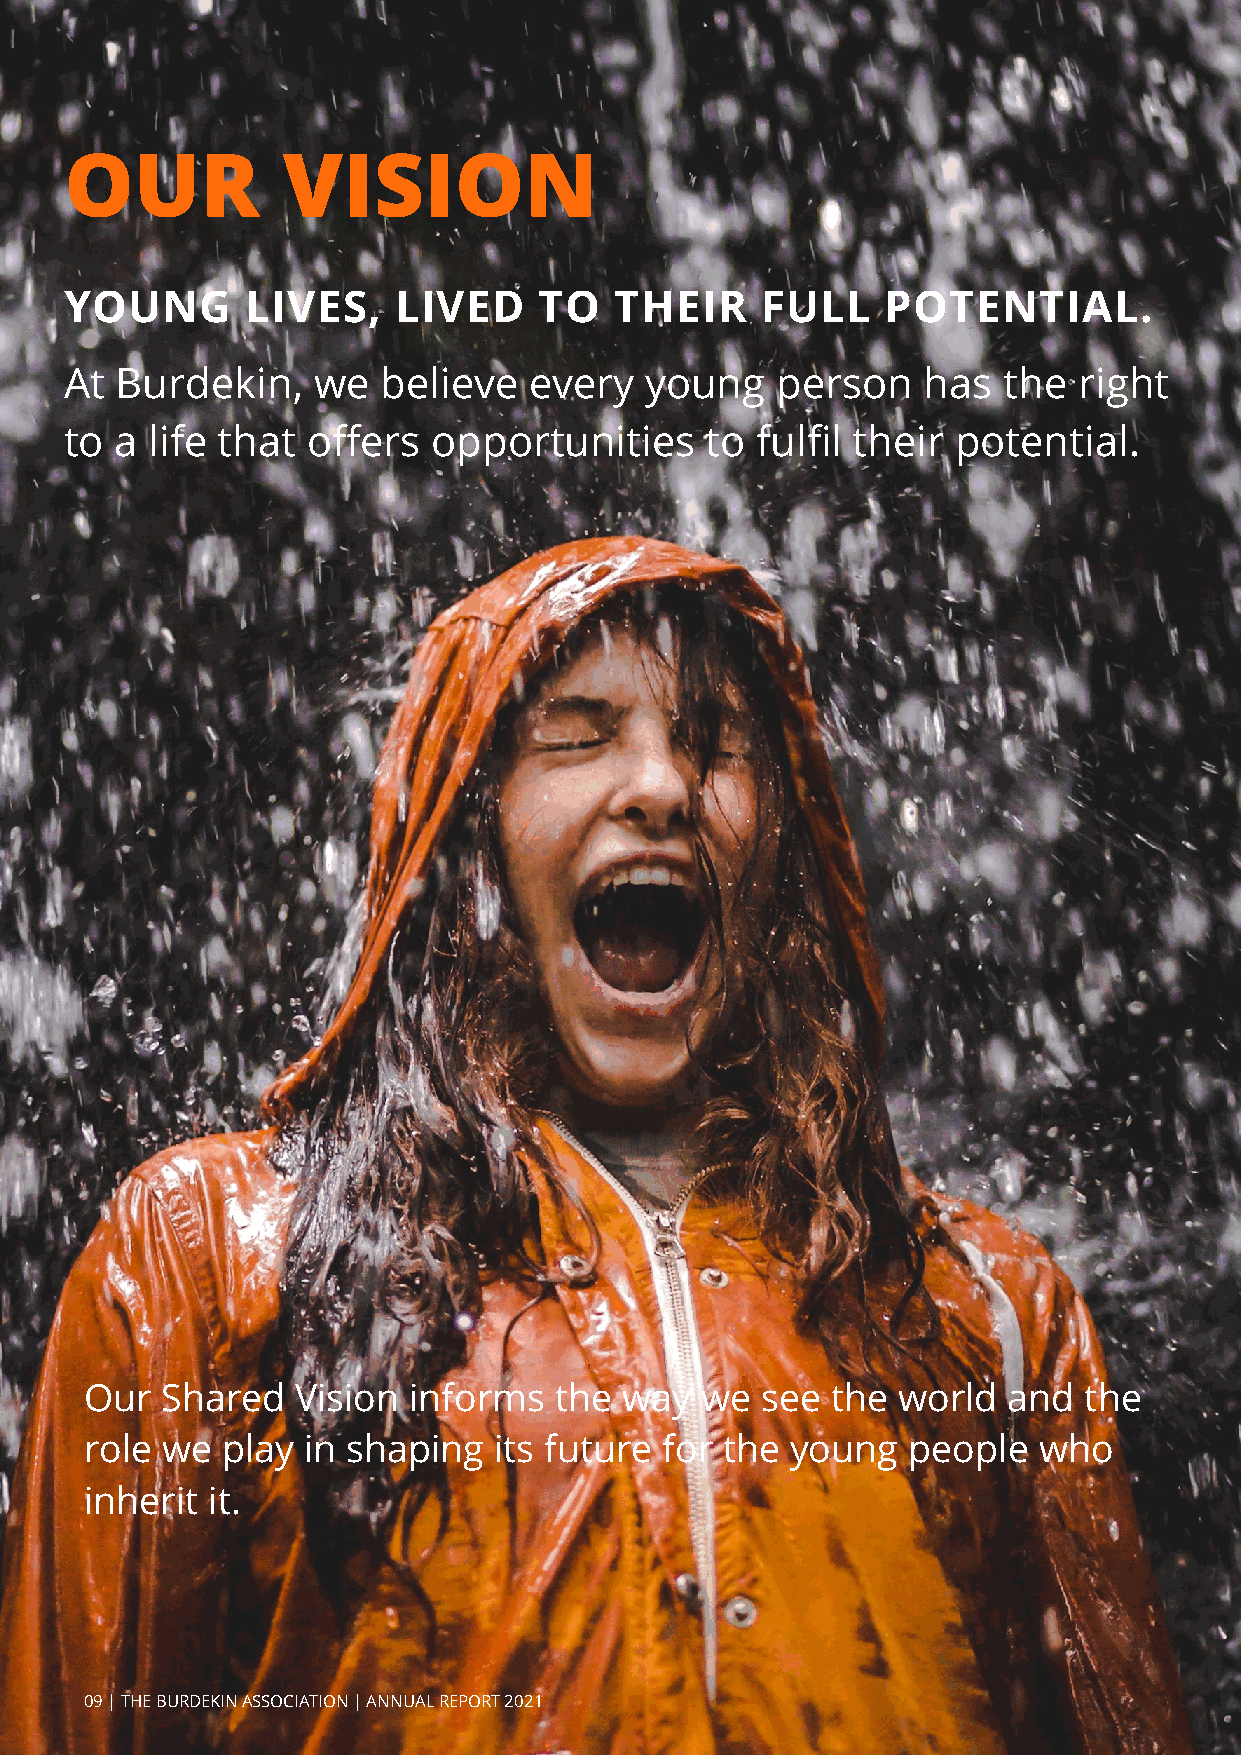
OUR            VISION
 YOUNG       LIVES,    LIVED     TO   THEIR    FULL     POTENTIAL.
 At  Burdekin,    we  believe   every   young   person    has  the  right
 to  a life that offers   opportunities     to fulfil their potential.
 Our  Shared   Vision informs   the way  we  see  the world   and  the
 role we  play in shaping   its future for the young   people   who
 inherit it.
 09 | THE BURDEKIN ASSOCIATION | ANNUAL REPORT 2021